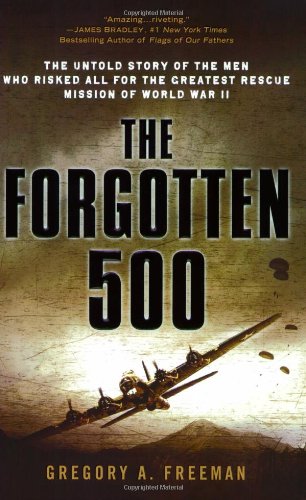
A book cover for The Forgotten 500: The Untold Story of the Men Who Risked All for the Greatest Rescue Mission of World War II; Gregory A. Freeman; History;